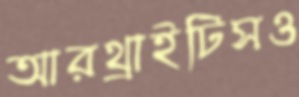
আরথ্রাইটিসও